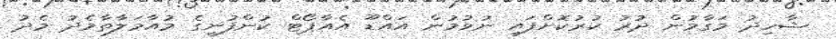
ޝާހިދު މަގާމުން ދުރު ކުރުކޮށްފައި ނުވުމުން އައްޑޫ އެއާޕޯޓް ކުންފުނީގެ މުއާމަލާތާމެދު މެދު